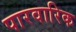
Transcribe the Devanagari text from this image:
पारवारिक